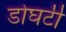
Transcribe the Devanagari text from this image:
डोघर्टी